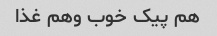
هم پیک خوب وهم غذا